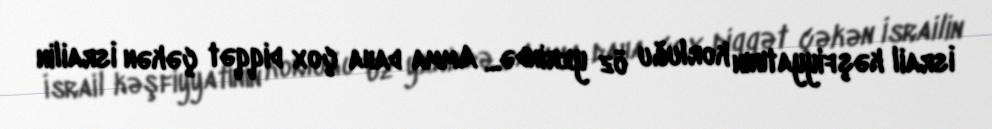
İsrail kəşfiyyatının korluğu öz yerində... Amma daha çox diqqət çəkən İsrailin